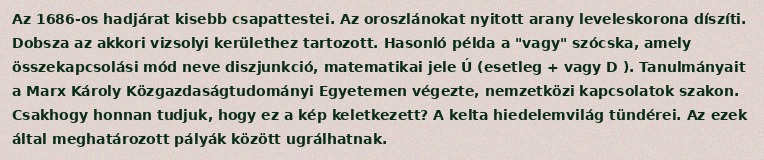
Az 1686-os hadjárat kisebb csapattestei. Az oroszlánokat nyitott arany leveleskorona díszíti. Dobsza az akkori vizsolyi kerülethez tartozott. Hasonló példa a "vagy" szócska, amely összekapcsolási mód neve diszjunkció, matematikai jele Ú (esetleg + vagy D ). Tanulmányait a Marx Károly Közgazdaságtudományi Egyetemen végezte, nemzetközi kapcsolatok szakon. Csakhogy honnan tudjuk, hogy ez a kép keletkezett? A kelta hiedelemvilág tündérei. Az ezek által meghatározott pályák között ugrálhatnak.